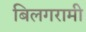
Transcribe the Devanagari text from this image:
बिलगरामी